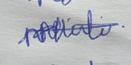
Signature authenticity: genuine